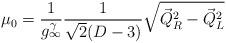
LaTeX: \begin{align*}\mu_0 = \frac{1}{g_\infty^\gamma}\frac{1}{\sqrt{2}(D-3)}\sqrt{{\vec{Q}}_R^2-{\vec{Q}}_L^2} \\\end{align*}